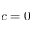
c = 0